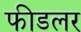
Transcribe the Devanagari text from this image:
फीडलर